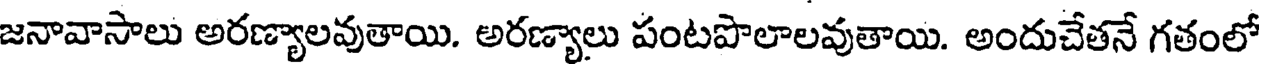
జనావాసాలు అరణ్యాలవుతాయి. అరణ్యాలు పంటపొలాలవుతాయి. అందుచేతనే గతంలో